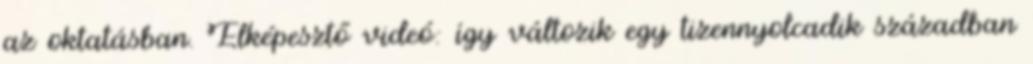
az oktatásban. Elképesztő videó: így változik egy tizennyolcadik században